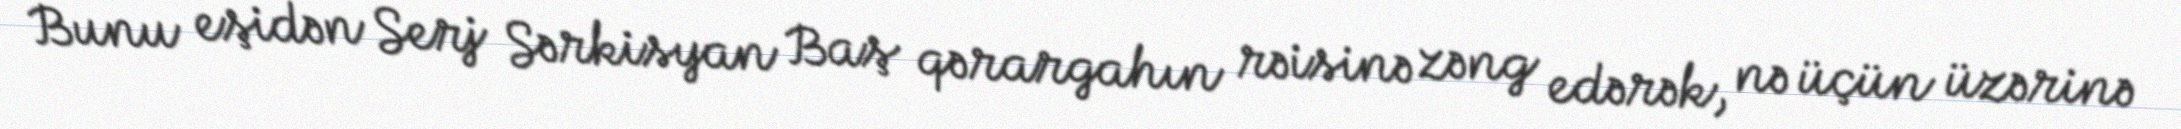
Bunu eşidən Serj Sərkisyan Baş qərargahın rəisinə zəng edərək, nə üçün üzərinə